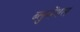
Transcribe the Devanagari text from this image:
ब्लुमेंथल